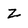
Character: Z